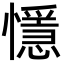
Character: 懚